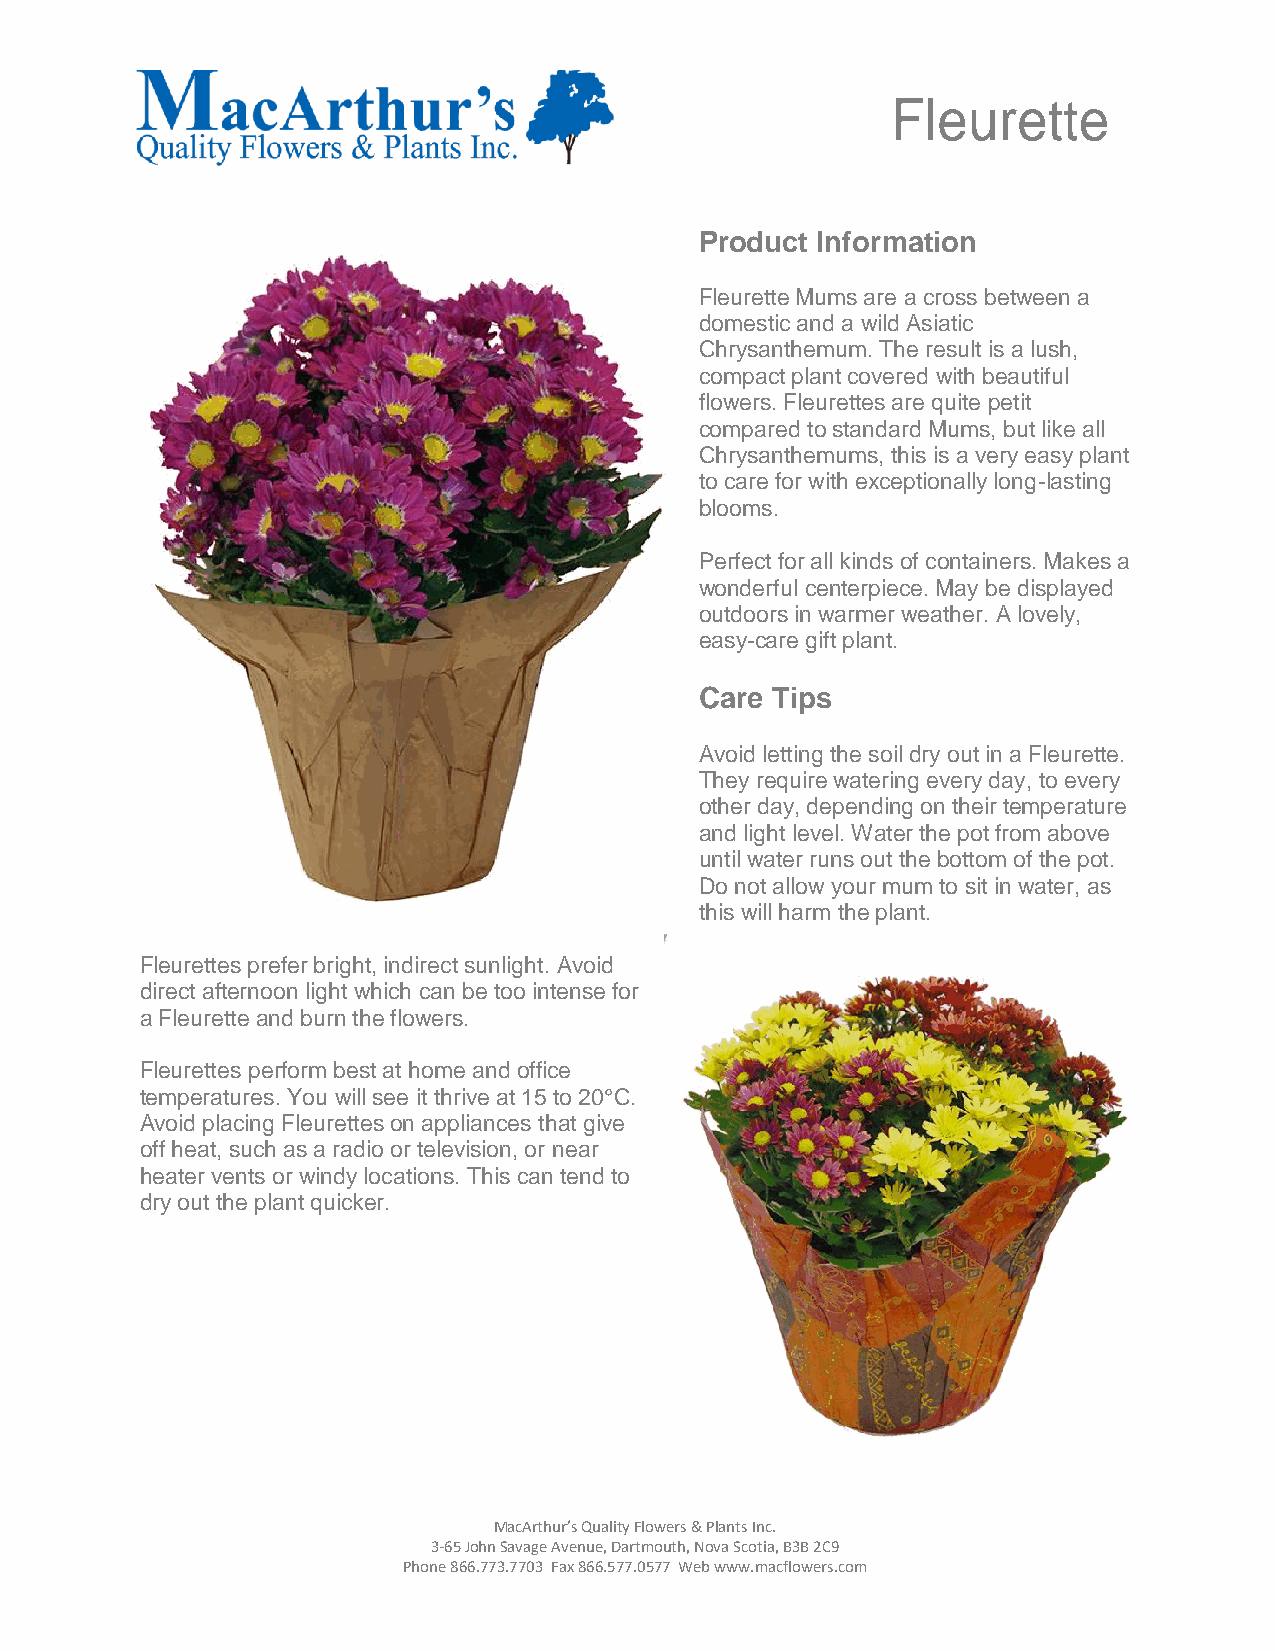
Fleurette
 Product Information
 Fleurette Mums are a cross between a
 domestic and a wild Asiatic
 Chrysanthemum. The result is a lush,
 compact plant covered with beautiful
 flowers. Fleurettes are quite petit
 compared to standard Mums, but like all
 Chrysanthemums, this is a very easy plant
 to care for with exceptionally long-lasting
 blooms.
 Perfect for all kinds of containers. Makes a
 wonderful centerpiece. May be displayed
 outdoors in warmer weather. A lovely,
 easy-care gift plant.
 Care Tips
 Avoid letting the soil dry out in a Fleurette.
 They require watering every day, to every
 other day, depending on their temperature
 and light level. Water the pot from above
 until water runs out the bottom of the pot.
 Do not allow your mum to sit in water, as
 this will harm the plant.
 Fleurettes prefer bright, indirect sunlight. Avoid
 direct afternoon light which can be too intense for
 a Fleurette and burn the flowers.
 Fleurettes perform best at home and office
 temperatures. You will see it thrive at 15 to 20°C.
 Avoid placing Fleurettes on appliances that give
 off heat, such as a radio or television, or near
 heater vents or windy locations. This can tend to
 dry out the plant quicker.
 MacArthur’s Quality Flowers & Plants Inc.
 3-65 John Savage Avenue, Dartmouth, Nova Scotia, B3B 2C9
 Phone 866.773.7703 Fax 866.577.0577 Web www.macflowers.com